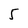
Character: 5